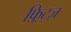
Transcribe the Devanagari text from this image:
फ़्रिट्ज़